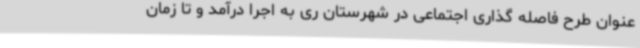
عنوان طرح فاصله گذاری اجتماعی در شهرستان ری به اجرا درآمد و تا زمان